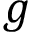
g